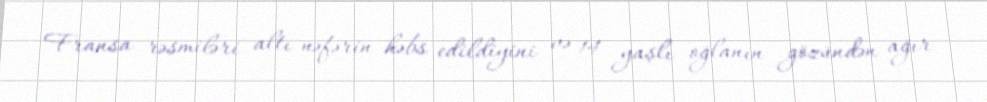
Fransa rəsmiləri altı nəfərin həbs edildiyini və 14 yaşlı oğlanın gözündən ağır